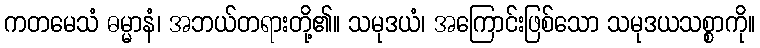
ကတမေသံ ဓမ္မာနံ၊ အဘယ်တရားတို့၏။ သမုဒယံ၊ အကြောင်းဖြစ်သော သမုဒယသစ္စာကို။